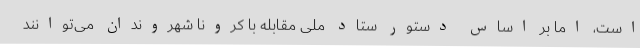
است، اما بر اساس دستور ستاد ملی مقابله با کرونا شهروندان می‌توانند